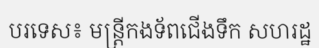
បរទេស៖ មន្ត្រីកងទ័ពជើងទឹក សហរដ្ឋ